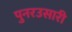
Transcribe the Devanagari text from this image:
पुनरउसारी